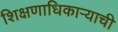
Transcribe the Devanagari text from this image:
शिक्षणाधिकाऱ्याची